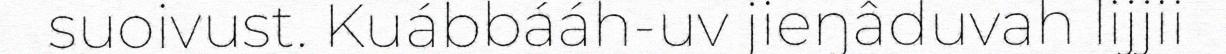
suoivust. Kuábbááh-uv jieŋâduvah lijjii